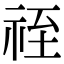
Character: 祬